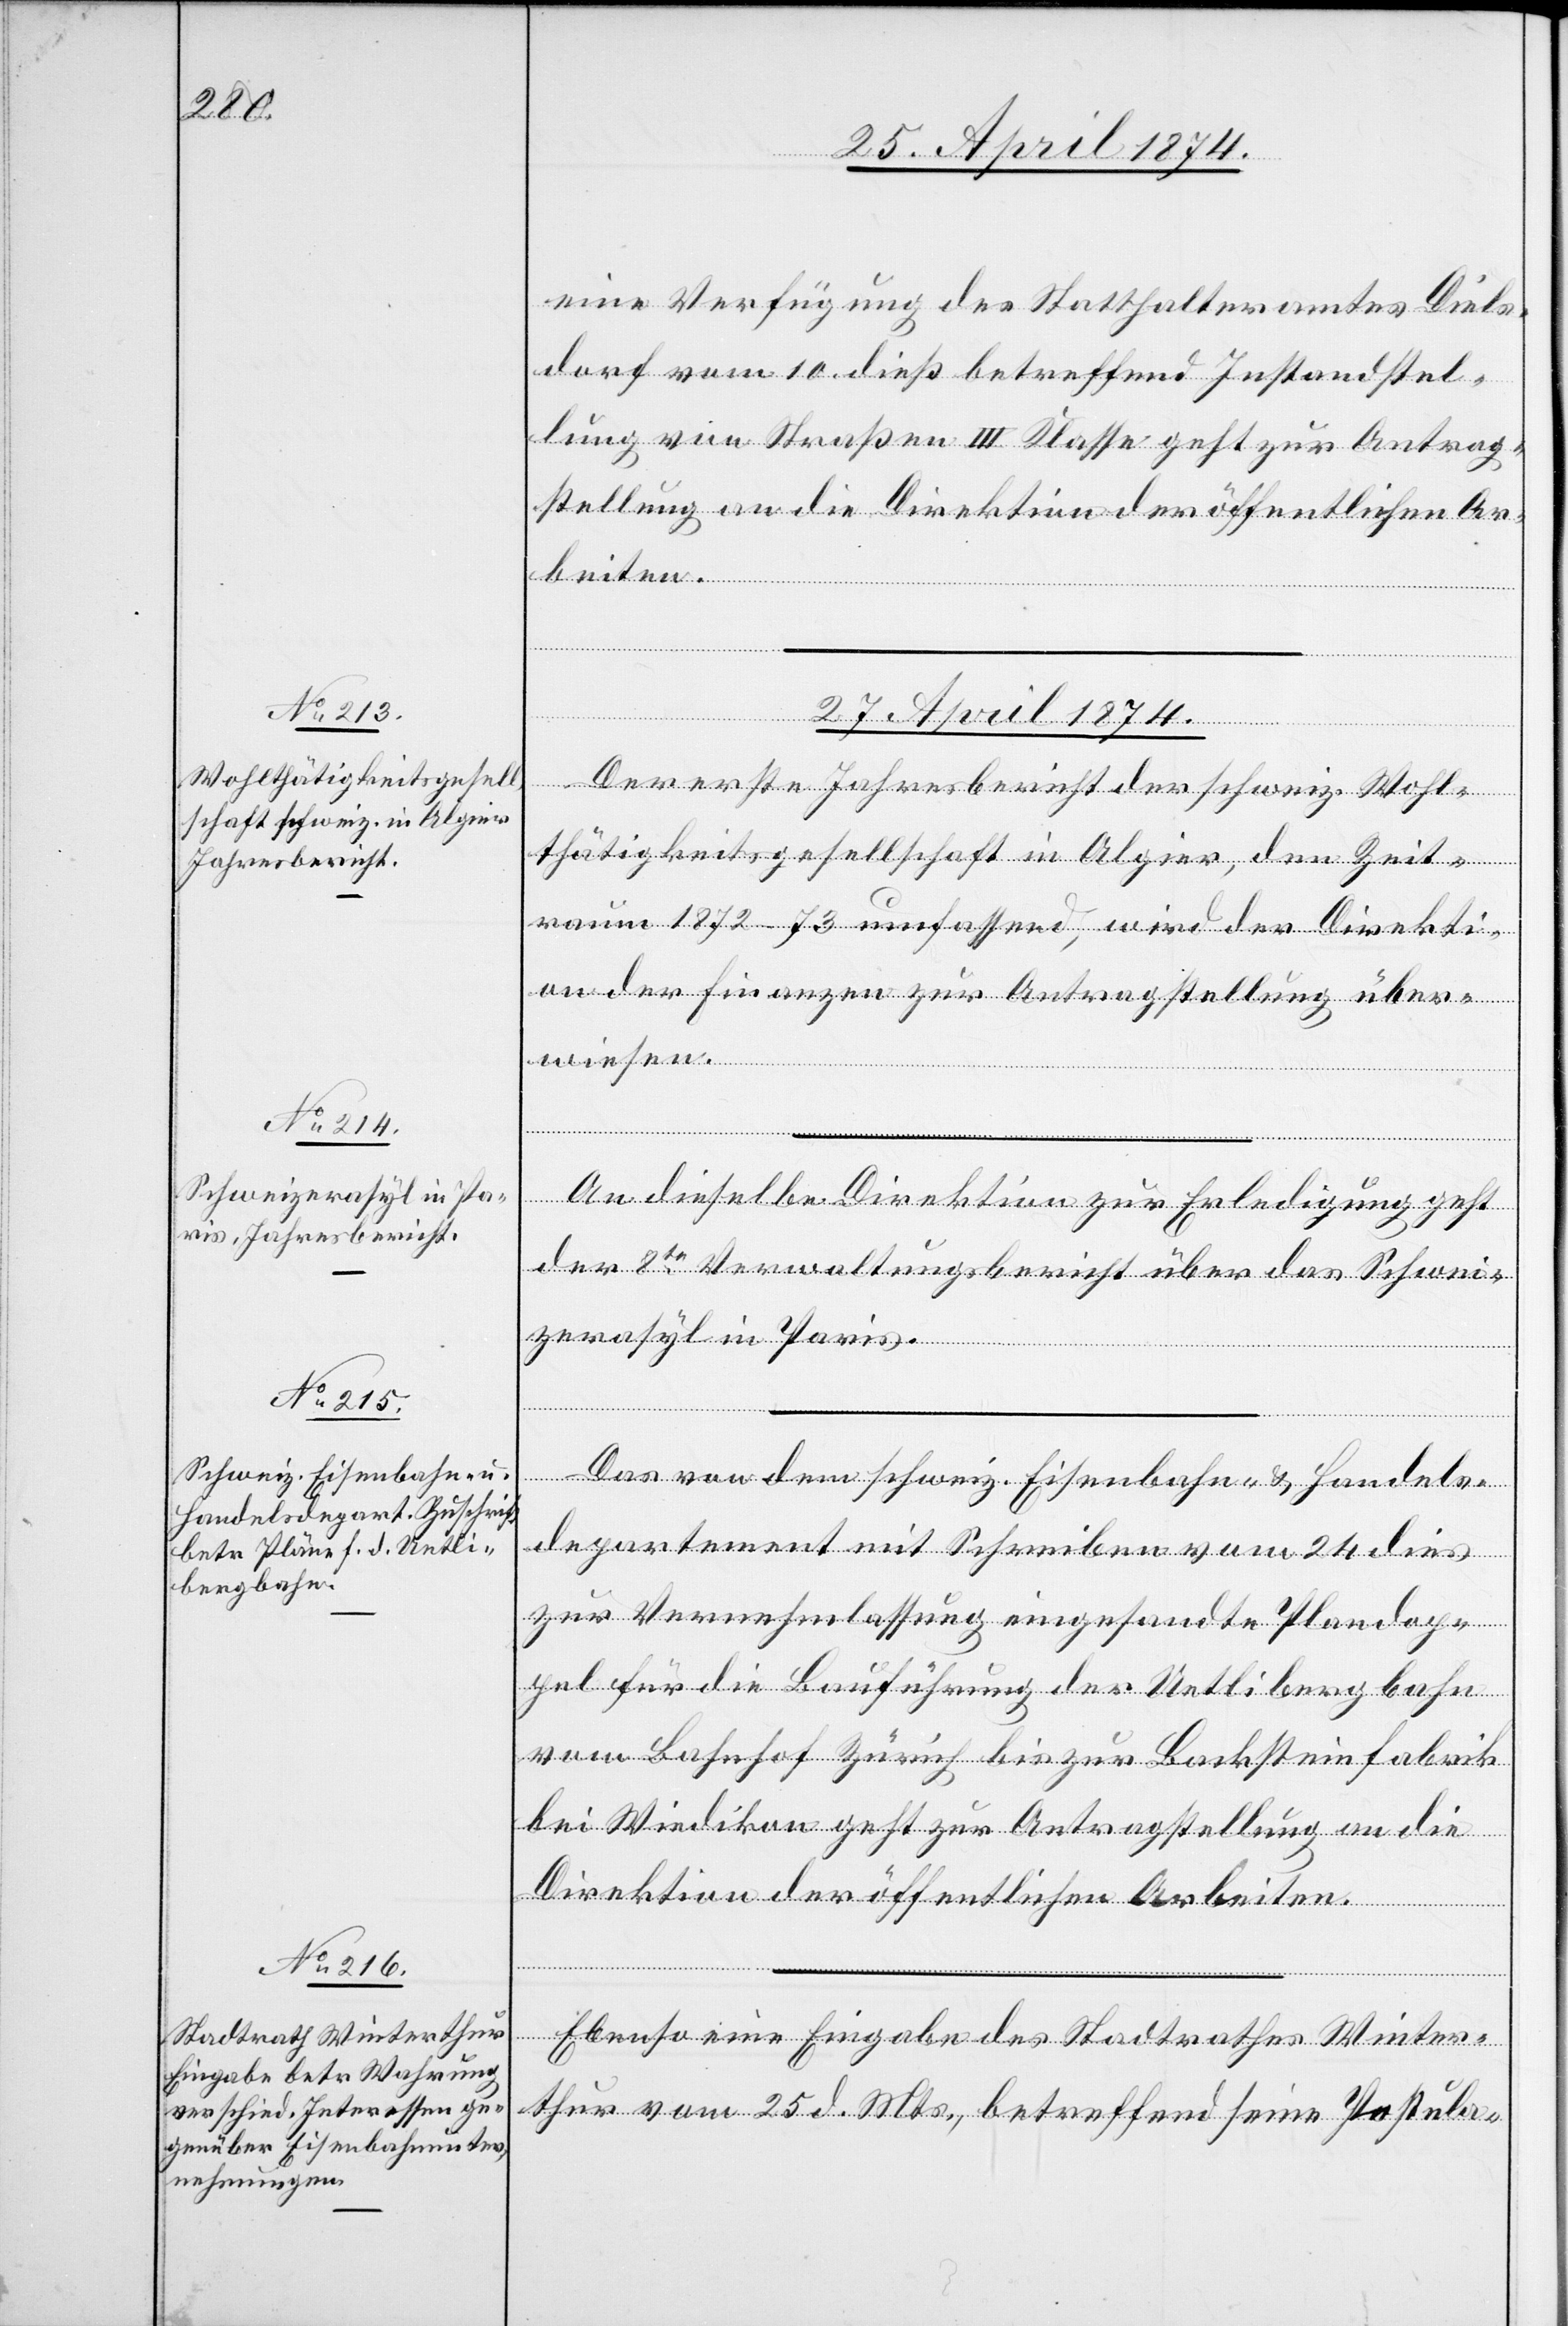
27. April 1874.]
eine Verfügung des Statthalteramtes Diels¬
dorf vom 10. dieß betreffend Instandstel¬
lung von Straßen III. Klasse geht zur Antrag¬
stellung an die Direktion der öffentlichen Ar¬
beiten.
wiesen.
Der erste Jahresbericht der schweiz. Wohl¬
thätigkeitsgesellschaft in Algier, den Zeit¬
raum 1872–73 umfassend, wird der Direkti¬
on der Finanzen zur Antragstellung über¬
An dieselbe Direktion zur Erledigung geht
der 8te Verwaltungsbericht über das Schwei¬
zerasyl in Paris.
Das von dem schweiz. Eisenbahn- u. Handels¬
departement mit Schreiben vom 24 dies
zur Vernehmlassung eingesandte Plandop¬
pel für die Bauführung der Uetlibergbahn
vom Bahnhof Zürich bis zur Backsteinfabrik
bei Wiedikon geht zur Antragstellung an die
Direktion der öffentlichen Arbeiten.
Ebenso eine Eingabe des Stadtrathes Winter¬
thur vom 25. d. Mts., betreffend seine Postula-